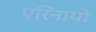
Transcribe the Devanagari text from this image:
एरिनायो